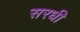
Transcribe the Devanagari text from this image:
सरधी